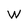
Character: W